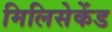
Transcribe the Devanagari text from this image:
मिलिसेकेंड